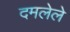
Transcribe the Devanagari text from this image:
दमलेले